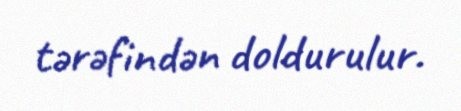
tərəfindən doldurulur.